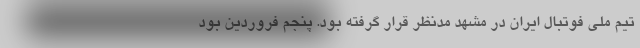
تیم ملی فوتبال ایران در مشهد مدنظر قرار گرفته بود. پنجم فروردین بود